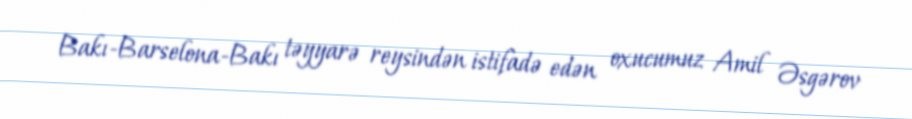
Bakı-Barselona-Bakı təyyarə reysindən istifadə edən oxucumuz Amil Əsgərov